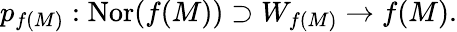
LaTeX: p_{f(M)}:\operatorname{Nor}(f(M))\supset W_{f(M)}\to f(M).